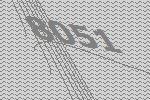
8051